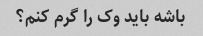
باشه باید وک را گرم کنم؟